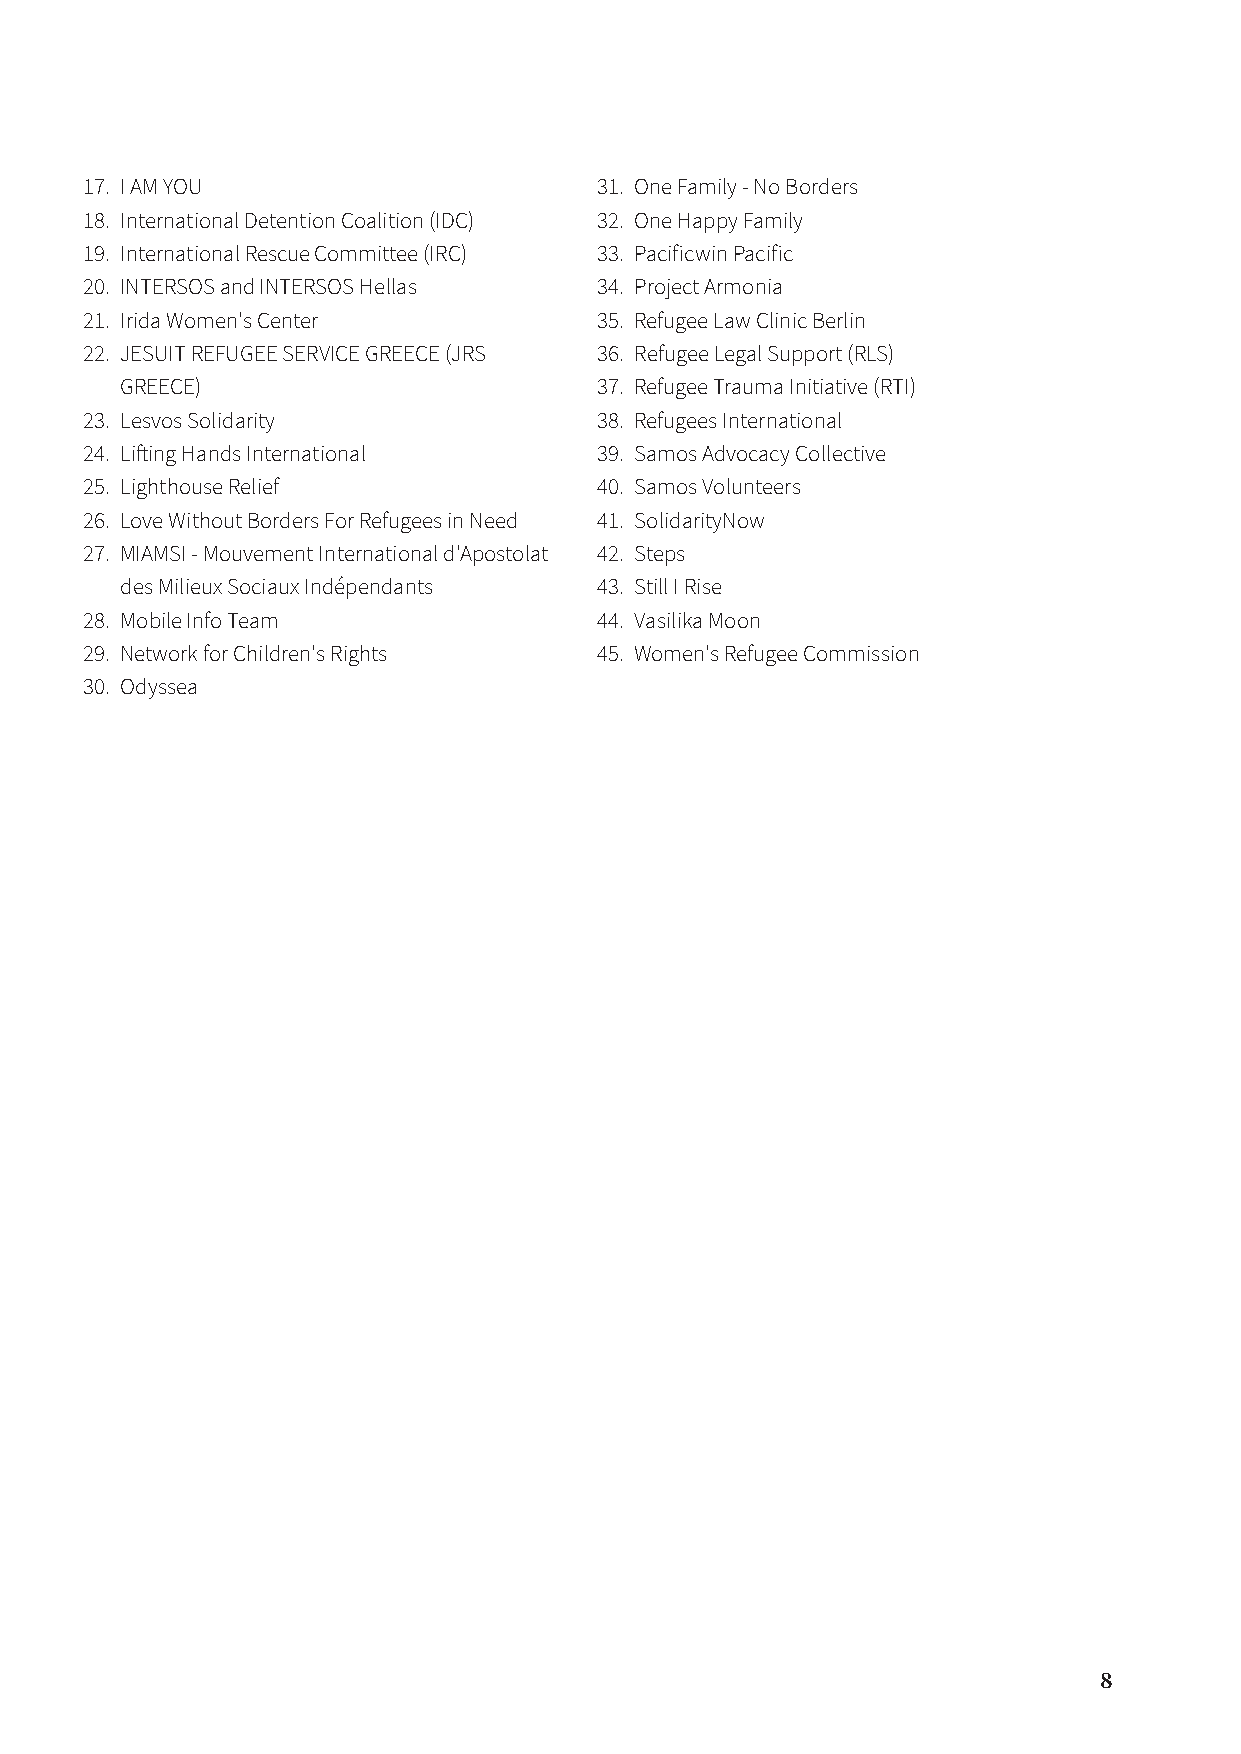
17. I AM YOU                      31. One Family - No Borders
 18. International Detention Coalition (IDC) 32. One Happy Family
 19. International Rescue Committee (IRC) 33. Pacificwin Pacific
 20. INTERSOS and INTERSOS Hellas  34. Project Armonia
 21. Irida Women's Center          35. Refugee Law Clinic Berlin
 22. JESUIT REFUGEE SERVICE GREECE (JRS 36. Refugee Legal Support (RLS)
 GREECE)                        37. Refugee Trauma Initiative (RTI)
 23. Lesvos Solidarity             38. Refugees International
 24. Lifting Hands International   39. Samos Advocacy Collective
 25. Lighthouse Relief             40. Samos Volunteers
 26. Love Without Borders For Refugees in Need 41. SolidarityNow
 27. MIAMSI - Mouvement International d'Apostolat 42. Steps
 des Milieux Sociaux Indépendants 43. Still I Rise
 28. Mobile Info Team              44. Vasilika Moon
 29. Network for Children's Rights 45. Women's Refugee Commission
 30. Odyssea
 8